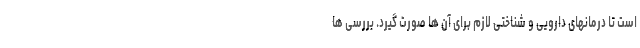
است تا درمانهای دارویی و شناختی لازم برای آن ها صورت گیرد. بررسی ها